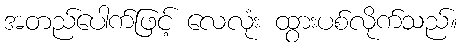
အတည်ပေါက်ဖြင့် လေလုံး ထွားပစ်လိုက်သည်။